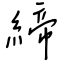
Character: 締